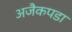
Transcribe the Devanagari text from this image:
अजैकपडा